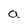
Character: a